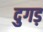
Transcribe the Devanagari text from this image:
दुगड़